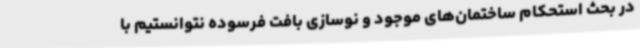
در بحث استحکام ساختمان‌های موجود و نوسازی بافت فرسوده نتوانستیم با